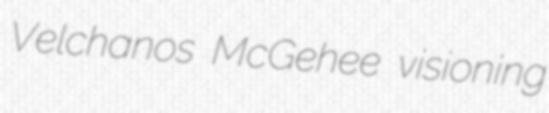
Velchanos McGehee visioning